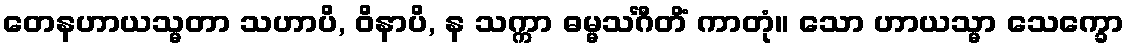
တေနဟာယသ္မတာ သဟာပိ, ဝိနာပိ, န သက္ကာ ဓမ္မသင်္ဂီတိံ ကာတုံ။ သော ဟာယသ္မာ သေက္ခော